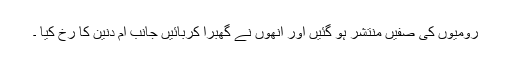
رومیوں کی صفیں منتشر ہو گئیں اور انھوں نے گھبرا کربائیں جانب ام دنین کا رخ کیا ۔